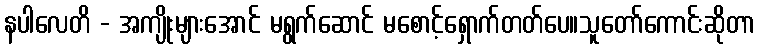
နပါလေတိ - အကျိုးများအောင် မရွက်ဆောင် မစောင့်ရှောက်တတ်ပေ။သူတော်ကောင်းဆိုတာ